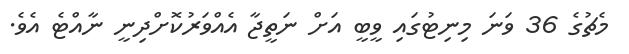
މެޗުގެ 36 ވަނަ މިނިޓުގައި ވީބީ އަށް ނަތީޖާ އެއްވަރުކޮށްދިނީ ނާއްޓެ އެވެ.